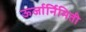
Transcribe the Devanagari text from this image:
ऊर्जार्निमिती